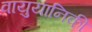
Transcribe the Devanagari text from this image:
वायुयानिकी